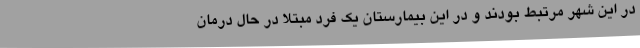
در این شهر مرتبط بودند و در این بیمارستان یک فرد مبتلا در حال درمان